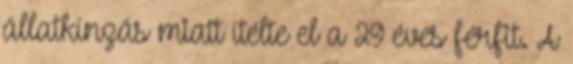
állatkínzás miatt ítélte el a 29 éves férfit. A